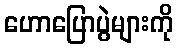
ဟောပြောပွဲများကို